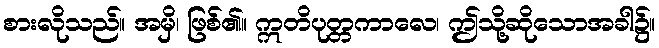
စားလိုသည်။ အမှိ၊ ဖြစ်၏။ ဣတိပုတ္တကာလေ၊ ဤသို့ဆိုသောအခါ၌။